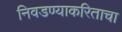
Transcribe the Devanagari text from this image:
निवडण्याकरिताचा